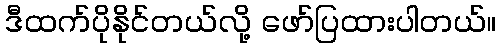
ဒီထက်ပိုနိုင်တယ်လို့ ဖော်ပြထားပါတယ်။